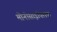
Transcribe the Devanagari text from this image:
मोनोसाइक्लिक